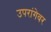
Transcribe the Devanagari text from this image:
उपरांगेवर